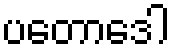
ပတောဒေါ